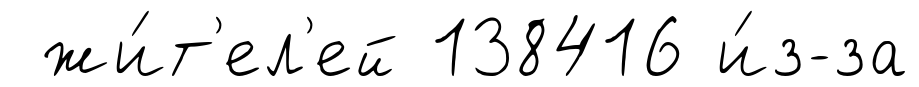
жи́т'ел'ей 138416 и́з-за